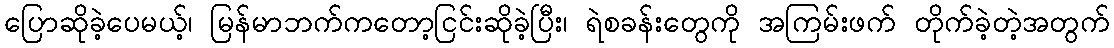
ပြောဆိုခဲ့ပေမယ့်၊ မြန်မာဘက်ကတော့ငြင်းဆိုခဲ့ပြီး၊ ရဲစခန်းတွေကို အကြမ်းဖက် တိုက်ခဲ့တဲ့အတွက်